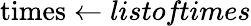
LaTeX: \textrm{times}\gets\textit{listoftimes}